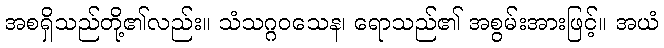
အစရှိသည်တို့၏လည်း။ သံသဂ္ဂဝသေန၊ ရောသည်၏ အစွမ်းအားဖြင့်။ အယံ